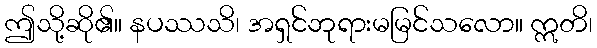
ဤသို့ဆို၏။ နပဿသိ၊ အရှင်ဘုရားမမြင်သလော။ ဣတိ၊